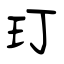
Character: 玎